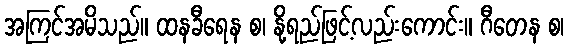
အကြင်အမိသည်။ ထနခီရေန စ၊ နို့ရည်ဖြင့်လည်းကောင်း။ ဂီတေန စ၊